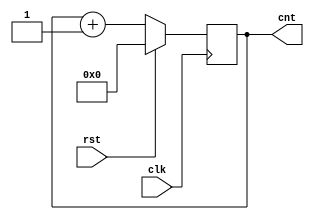
module Count(cnt,rst,clk);
  input rst,clk;
  output [3:0] cnt;
  reg [3:0] cnt;
  
  always @(posedge clk) begin
    if(rst==1) begin
      cnt<=4'b0;
    end
    else begin
      cnt<=cnt+1;
    end
  end
endmodule